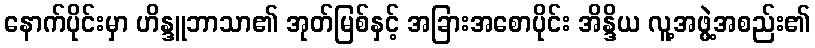
နောက်ပိုင်းမှာ ဟိန္ဒူဘာသာ၏ အုတ်မြစ်နှင့် အခြားအစောပိုင်း အိန္ဒိယ လူ့အဖွဲ့အစည်း၏